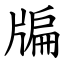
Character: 牑